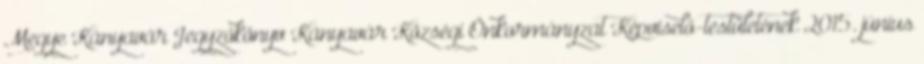
Megye Kányavár Jegyzőkönyv Kányavár Községi Önkormányzat Képviselő-testületének 2015. június